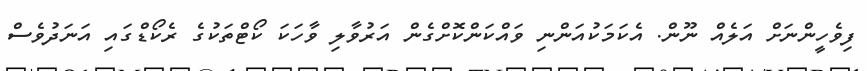
ފިވެހީންނަށް އަލެއް ނޫން. އެކަމަކުއަންނި ވައްކަންކޮށްގެން އަރުވާލި ވާހަކަ ކޯޓްތަކުގެ ރެކޯޑްގައި އަނަދުވެސް